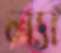
ল্যা